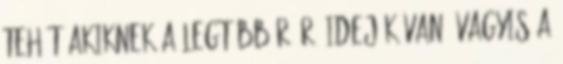
tehát akiknek a legtöbb ráérő idejük van, vagyis a